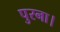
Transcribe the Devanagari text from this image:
पुरना।